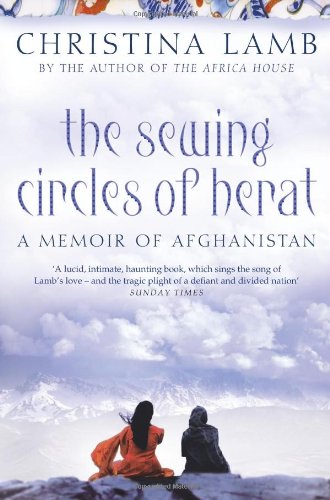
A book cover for The Sewing Circles of Herat: My Afghan Years; Christina Lamb; Travel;